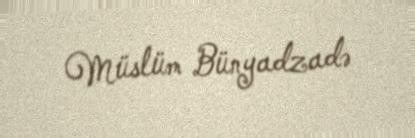
Müslüm Bünyadzadə